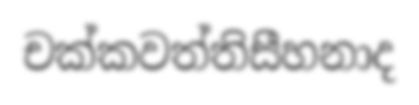
චක්කවත්තිසීහනාද